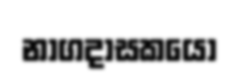
නාගදාසකයෝ